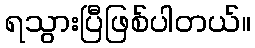
ရသွားပြီဖြစ်ပါတယ်။